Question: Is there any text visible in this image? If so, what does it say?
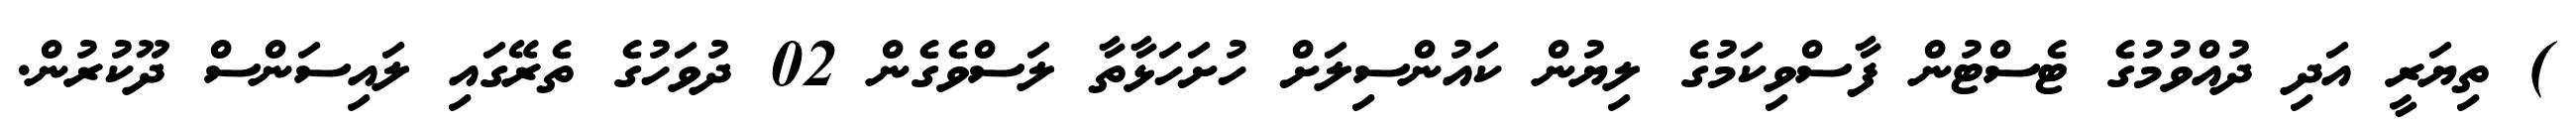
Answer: ) ތިޔަރީ އަދި ދުއްވުމުގެ ޓެސްޓުން ފާސްވިކަމުގެ ލިޔުން ކައުންސިލަށް ހުށަހަޅާތާ ލަސްވެގެން 02 ދުވަހުގެ ތެރޭގައި ލައިސަންސް ދޫކުރުން.